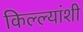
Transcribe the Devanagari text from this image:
किल्ल्यांशी